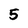
Character: 5